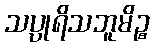
သပ္ပုရိသဘူမိဉ္စ